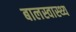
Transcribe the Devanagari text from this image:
बालस्वास्थ्य